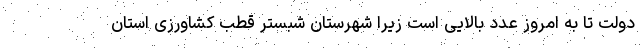
دولت تا به امروز عدد بالایی است زیرا شهرستان شبستر قطب کشاورزی استان